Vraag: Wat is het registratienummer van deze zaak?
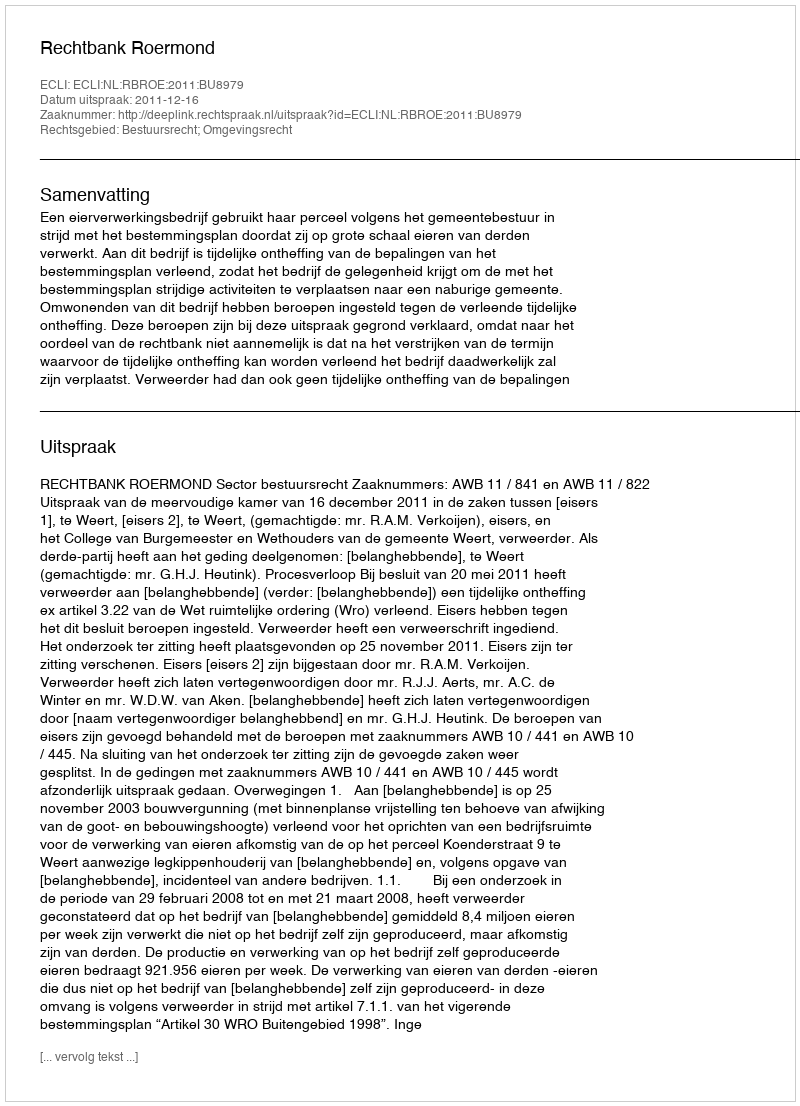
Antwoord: http://deeplink.rechtspraak.nl/uitspraak?id=ECLI:NL:RBROE:2011:BU8979